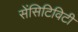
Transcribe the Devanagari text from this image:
सेंसिटिविटी